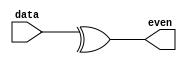
`timescale 1ns / 1ps
//////////////////////////////////////////////////////////////////////////////////
// Company: NCUT
// Module Name: prj_3
//////////////////////////////////////////////////////////////////////////////////

module prj_3(
    input [1:0] data,
    output even
    );
    assign even=^data;
endmodule